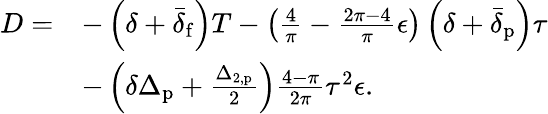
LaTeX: \begin{array}{rl}{D=}&{-\left(\delta+\bar{\delta}_{\mathrm{f}}\right)T-\left(\frac{4}{\pi}-\frac{2\pi-4}{\pi}\epsilon\right)\left(\delta+\bar{\delta}_{\mathrm{p}}\right)\tau}\\ &{-\left(\delta\Delta_{\mathrm{p}}+\frac{\Delta_{2,\mathrm{p}}}{2}\right)\frac{4-\pi}{2\pi}\tau^{2}\epsilon.}\end{array}